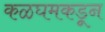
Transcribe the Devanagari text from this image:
कळघमकडून